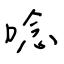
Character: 唸